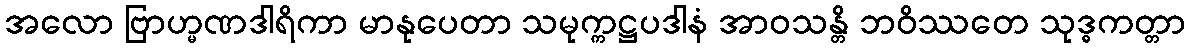
အလော ဗြာဟ္မဏဒါရိကာ မာနုပေတာ သမုက္ကဋ္ဌပဒါနံ အာဝသန္တိ ဘဝိဿတေ သုဒ္ဓကတ္တာ